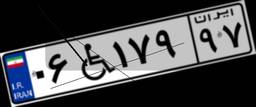
۰۶W۱۷۹۹۷